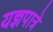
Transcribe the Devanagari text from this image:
यज्ञपात्रे